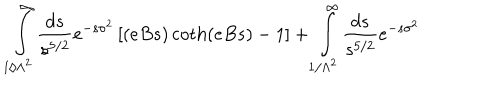
\int _ { 1 / \Lambda ^ { 2 } } ^ { \infty } { \frac { d s } { s ^ { 5 / 2 } } } e ^ { - s \sigma ^ { 2 } } \left[ ( e B s ) \coth ( e B s ) - 1 \right] + \int _ { 1 / \Lambda ^ { 2 } } ^ { \infty } { \frac { d s } { s ^ { 5 / 2 } } } e ^ { - s \sigma ^ { 2 } }